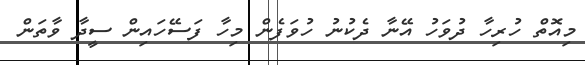
މިއޮތް ހުރިހާ ދުވަހު އޭނާ ދެކުނު ހުވަފެން މިހާ ފަސޭހައިން ސީދާ ވާތަން